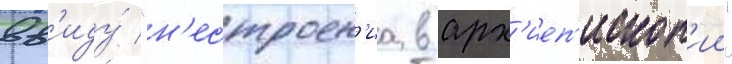
вв'иду́ "н'естроен'иа в арх'иеп'ископ'ии"